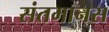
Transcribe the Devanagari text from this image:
संतमानस